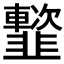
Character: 𩐑